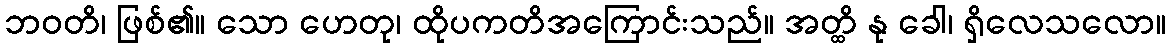
ဘဝတိ၊ ဖြစ်၏။ သော ဟေတု၊ ထိုပကတိအကြောင်းသည်။ အတ္ထိ နု ခေါ၊ ရှိလေသလော။